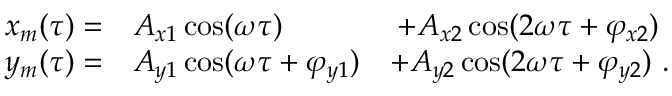
\begin{array} { r l r } { x _ { m } ( \tau ) = } & { { } A _ { x 1 } \cos ( \omega \tau ) } & { + A _ { x 2 } \cos ( 2 \omega \tau + \varphi _ { x 2 } ) ~ } \\ { y _ { m } ( \tau ) = } & { { } A _ { y 1 } \cos ( \omega \tau + \varphi _ { y 1 } ) } & { + A _ { y 2 } \cos ( 2 \omega \tau + \varphi _ { y 2 } ) ~ . } \end{array}